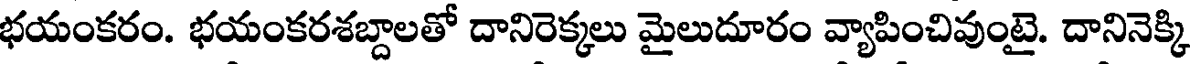
భయంకరం. భయంకరశబ్దాలతో దానిరెక్కలు మైలుదూరం వ్యాపించివుంటై. దానినెక్కి